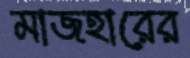
মাজহারের